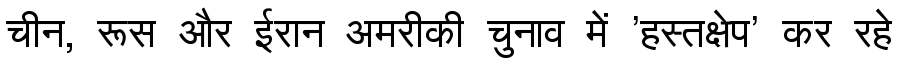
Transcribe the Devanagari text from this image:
चीन, रूस और ईरान अमरीकी चुनाव में 'हस्तक्षेप' कर रहे